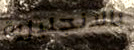
بالانجليزية